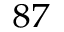
^ { 8 7 }